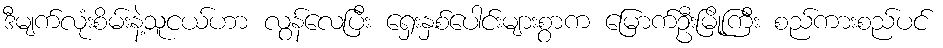
ဒီမျက်လုံးစိမ်းနဲ့သူငယ်ဟာ လွန်လေပြီး ရှေးနှစ်ပေါင်းများစွာက မြောက်ဦးမြို့ကြီး စည်ကားစည်ပင်